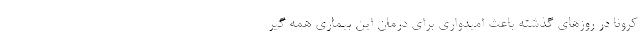
کرونا در روزهای گذشته باعث امیدواری برای درمان این بیماری همه گیر